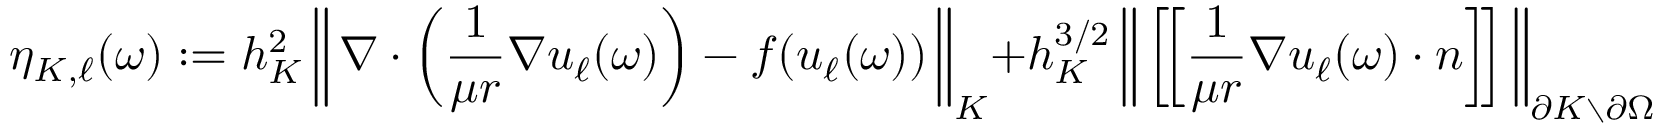
\eta _ { K , \ell } ( \boldsymbol \omega ) : = h _ { K } ^ { 2 } \left\Vert \, \nabla \cdot \left( \frac { 1 } { \mu r } \nabla u _ { \ell } ( \boldsymbol \omega ) \right) - f ( u _ { \ell } ( \boldsymbol \omega ) ) \, \right\Vert _ { K } + h _ { K } ^ { 3 / 2 } \left\Vert \, \left[ \! \left[ \frac { 1 } { \mu r } \nabla u _ { \ell } ( \boldsymbol \omega ) \cdot \boldsymbol n \right] \! \right] \, \right\Vert _ { \partial K \setminus \partial \Omega } ,